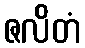
ဇလိတံ